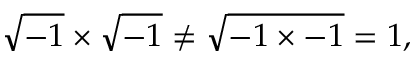
{ \sqrt { - 1 } } \times { \sqrt { - 1 } } \neq { \sqrt { - 1 \times - 1 } } = 1 , \quad